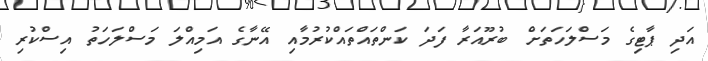
އަދި ޕާޓިގެ މަސްލަހަތަށް ބުރޫއަރާ ފަދަ ކަންތައްތައްކުރުމާއި އޭނާގެ އަމިއްލަ މަސްލަހަތު އިސްކުރި